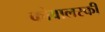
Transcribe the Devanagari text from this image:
कोवालस्की